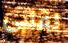
لقلبي